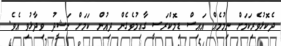
ދެކޮޅުވެރިކަމަށް ނިމުމެއް އައިސް ޑިމޮކްރަސީ ގާއިމުވެގެން ދިއުން ކަމަށް ނަޝީދު ވިދާޅުވި އެވެ.